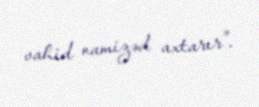
vahid namizəd axtarır”.